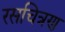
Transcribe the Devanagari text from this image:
रसचित्रण